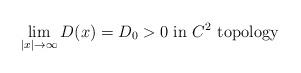
LaTeX: \begin{align*}\lim_{|x|\to\infty} D(x)=D_0>0 \ \hbox{in} \ C^2 \ \hbox{topology}\end{align*}